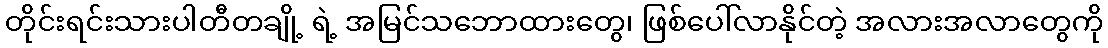
တိုင်းရင်းသားပါတီတချို့ ရဲ့ အမြင်သဘောထားတွေ၊ ဖြစ်ပေါ်လာနိုင်တဲ့ အလားအလာတွေကို